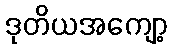
ဒုတိယအကျော့